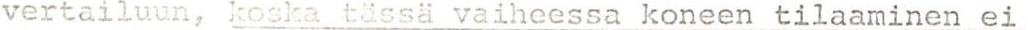
vertailuun, koska tässä vaiheessa koneen tilaaminen ei